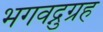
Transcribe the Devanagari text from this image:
भगवद्नुग्रह